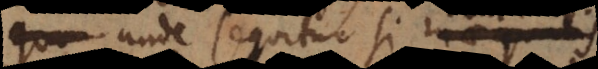
u m), unde sequitur si inaequalis